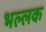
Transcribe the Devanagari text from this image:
भल्लक